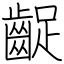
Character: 齪